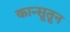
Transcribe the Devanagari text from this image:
कान्सूतून